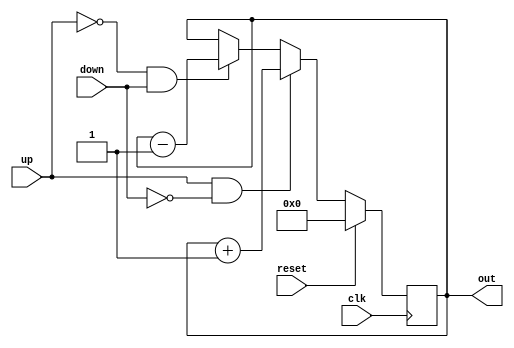
module up_down_counter
#(parameter WIDTH = 19)(
	out      	,   // Output of the counter
	up 			,   // Up control for counter
	down  		,   // Down control for counter
	clk      	,   // Clock input
	reset       	// Reset input
);

/*	With 200kHz sampling, 1 second window is 200k clock cycles
 *	200k = 0b0011 0000 1101 0100 0000; 18bit + 1 sign bit
 */

	//----------Output Ports--------------
	output reg [WIDTH-1:0] out;
	//------------Input Ports-------------- 
	input up, down, clk, reset;

	//-------------Code Starts Here-------
	always @(posedge clk) begin
		if (reset) begin // active low reset
		  out <= {WIDTH{1'b0}};
		end
		else if (up & !(down)) begin
		  out <= out + {{(WIDTH-1){1'b0}},1'b1};
		end
		else if (!up & down) begin
		  out <= out - {{(WIDTH-1){1'b0}},1'b1};
		end
	end
endmodule